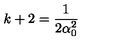
k + 2 = \frac { 1 } { 2 \alpha _ { 0 } ^ { 2 } }